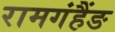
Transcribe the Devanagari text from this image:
रामगंहैंङ